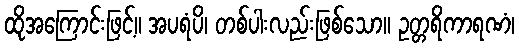
ထိုအကြောင်းဖြင့်။ အပရံပိ၊ တစ်ပါးလည်းဖြစ်သော။ ဥတ္တရိကာရဏံ၊